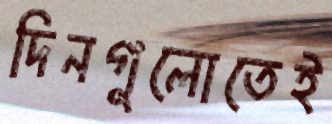
দিনগুলোতেই